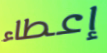
إعطاء